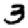
Digit: 3